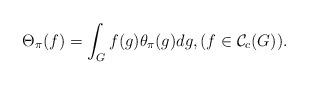
LaTeX: \begin{align*}\Theta_{\pi}(f)=\int_{G}^{}f(g)\theta_{\pi}(g)dg, \space (f \in \mathcal{C}_{c}(G)).\end{align*}